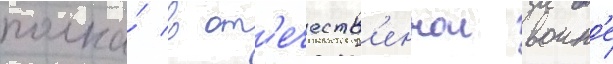
полка́ в от'ечеств'еннои воин'е